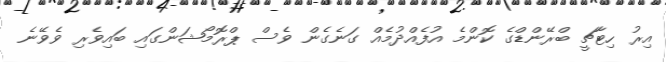
އިރު ހިޓާޗީ ބްރޭންޑްގެ ކޮންމެ އުފެއްދުމެއް ގަނެގެން ވެސް ޕްރޮމޯޝަންގައި ބައިވެރި ވެވޭނެ